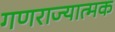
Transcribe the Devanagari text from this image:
गणराज्‍यात्‍मक